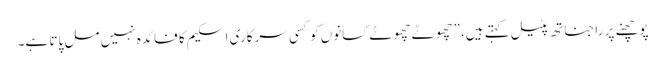
پوچھنے پر راجناتھ پٹیل کہتے ہیں،”چھوٹے چھوٹے کسانوں کو کسی سرکاری اسکیم کا فائدہ نہیں مل پاتا ہے۔